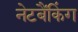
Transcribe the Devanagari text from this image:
नेटबैंकिंग